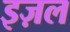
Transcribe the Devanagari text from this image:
इज़ल